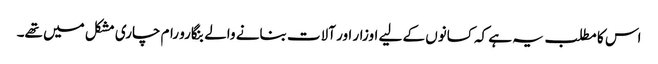
اس کا مطلب یہ ہے کہ کسانوں کے لیے اوزار اور آلات بنانے والے بنگارو رام چاری مشکل میں تھے۔